Annual administration report of the Civil Veterinary Department, Ajmere-Merwara, British Rajputana - 1914-1940
Year: 1914
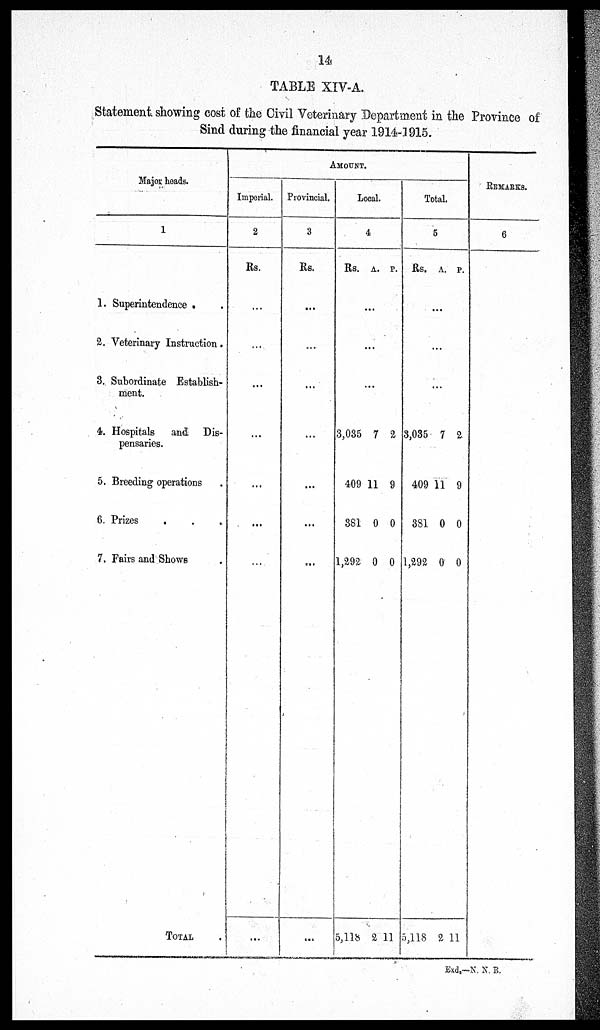
14
TABLE XIV-A.
Statement showing cost of the Civil Veterinary Department in the Province of
Sind during the financial year 1914-1915.
Major heads.
1
1. Superintendence . .
2. Veterinary Instruction
3. Subordinate Establish-
ment.
4. Hospitals
and Dis-
pensaries.
5. Breeding operations .
6. Prizes
. .
7. Fairs and Shows .
TOTAL
AMOUMT.
Imperial.
2
Rs.
...
...
...
...
...
...
....
...
Provincial.
3
Rs.
...
...
...
...
...
...
...
...
Local.
4
Rs. A. P.
...
...
...
3,035
409
381
1,292
5,118
7
11
0
0
2
2
9
0
0
11
Total.
5
Rs.
A. P.
...
...
...
3,035
409
3S1
1,292
5,118
7
11
0
0
2
2
9
0
0
11
REMARKS.
6
Exd.-N. N. R.